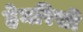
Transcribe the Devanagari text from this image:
हेनरिसी